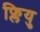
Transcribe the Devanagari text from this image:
फ्लियु